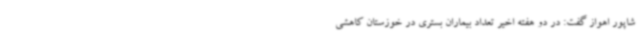
شاپور اهواز گفت: در دو هفته اخیر تعداد بیماران بستری در خوزستان کاهشی